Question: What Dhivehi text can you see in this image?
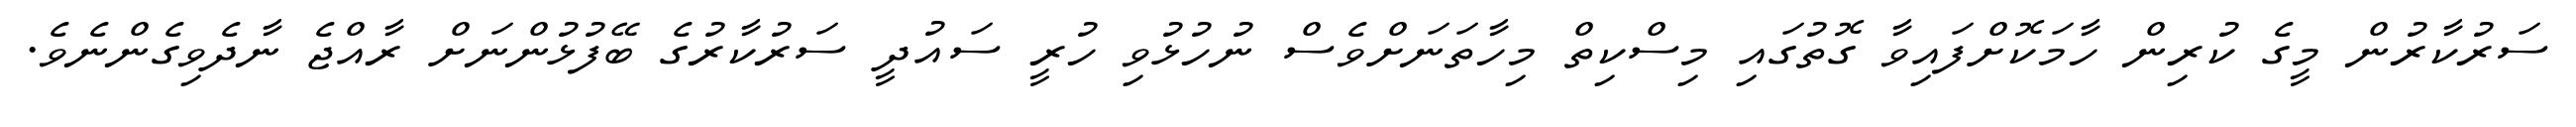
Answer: ސަރުކާރުން މީގެ ކުރިން ހާމަކޮށްފައިވާ ގޮތުގައި މިސްކިތް މިހާތަނަށްވެސް ނުހުޅުވި ހުރީ ސައުދީ ސަރުކާރުގެ ބޭފުޅުންނަށް ރާއްޖެ ނާދެވިގެންނެވެ.